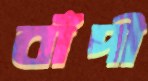
বাঁদী